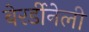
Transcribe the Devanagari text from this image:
बेरर्डीनेली